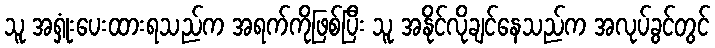
သူ အရှုံးပေးထားရသည်က အရက်ကိုဖြစ်ပြီး သူ အနိုင်လိုချင်နေသည်က အလုပ်ခွင်တွင်